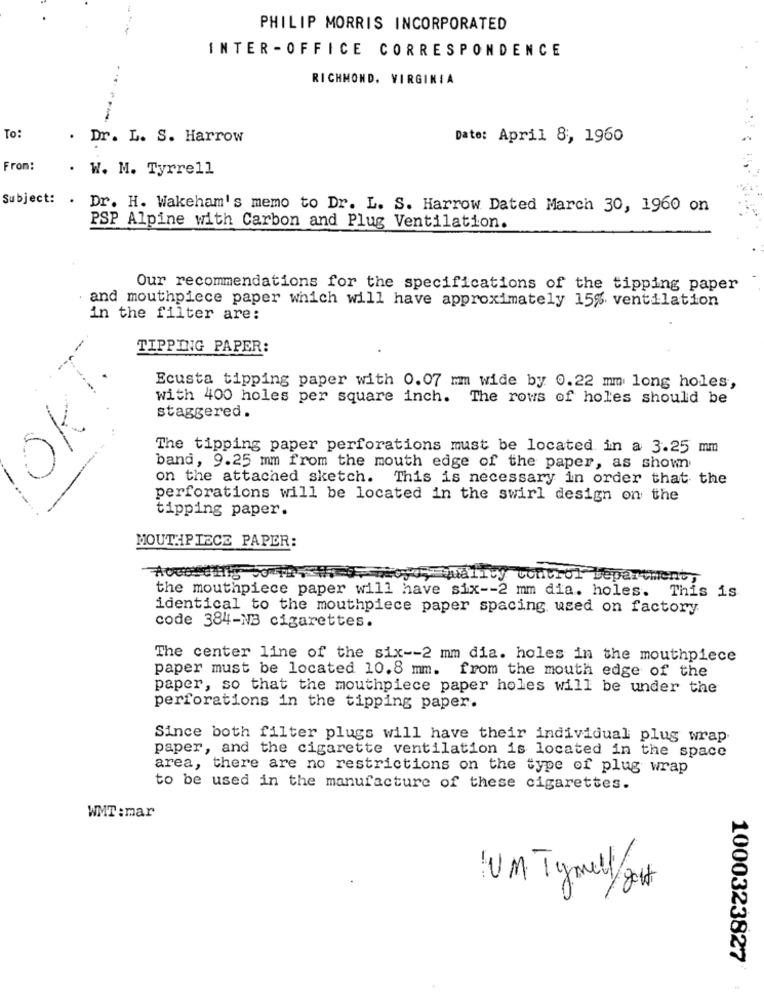
PHILIP MORRIS INCORPORATED
INTER - OFFICE CORRESPONDENCE
RICHMOND, VIRGINIA
To:
. Dr. L. S. Harrow
Date: April 8, 1960
From:
W. M. Tyrrell
Subject:
Dr. H. Wakeham's memo to Dr. L. S. Harrow Dated March 30, 1960 on
PSP Alpine with Carbon and Plug Ventilation.
Our recommendations for the specifications of the tipping paper
and mouthpiece paper which will have approximately 15% ventilation
in the filter are:
TIPPING PAPER:
SKI.
1.
---
Ecusta tipping paper with 0.07 mm wide by 0.22 mm long holes,
with 400 holes per square inch. The rows of holes should be
staggered.
The tipping paper perforations must be located in a 3.25 mm
band, 9.25 mm from the mouth edge of the paper, as shown
on the attached sketch. This is necessary in order that the
perforations will be located in the swirl design on the
tipping paper.
MOUTHPIECE PAPER:
oye quality control Department,
the mouthpiece paper will have six -- 2 mm dia. holes. This is
identical to the mouthpiece paper spacing used on factory
code 384-NB cigarettes.
The center line of the six -- 2 mm dia. holes in the mouthpiece
paper must be located 10.8 mm. from the mouth edge of the
paper, so that the mouthpiece paper holes will be under the
perforations in the tipping paper.
Since both filter plugs will have their individual plug wrap
paper, and the cigarette ventilation is located in the space
area, there are no restrictions on the type of plug wrap
to be used in the manufacture of these cigarettes.
WMT :mar
. ..
UM Tymel/ gert
1000323827